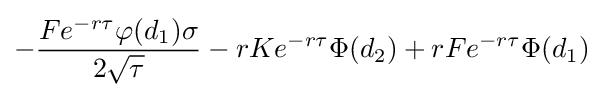
-{\frac {Fe^{-r\tau }\varphi (d_{1})\sigma }{2{\sqrt {\tau }}}}-rKe^{-r\tau }\Phi (d_{2})+rFe^{-r\tau }\Phi (d_{1})